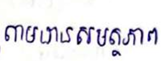
តាមដានសមត្ថភាព